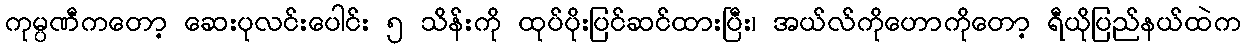
ကုမ္ပဏီကတော့ ဆေးပုလင်းပေါင်း ၅ သိန်းကို ထုပ်ပိုးပြင်ဆင်ထားပြီး၊ အယ်လ်ကိုဟောကိုတော့ ရီယိုပြည်နယ်ထဲက